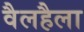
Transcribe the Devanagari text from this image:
वैलहैला